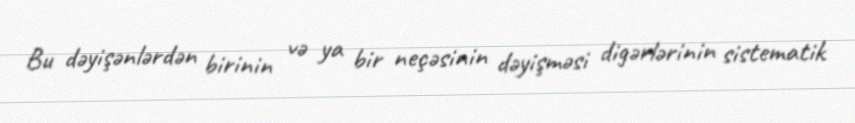
Bu dəyişənlərdən birinin və ya bir neçəsinin dəyişməsi digərlərinin sistematik